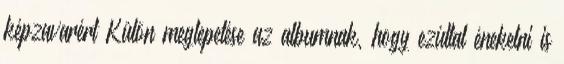
képzavarért Külön meglepetése az albumnak, hogy ezúttal énekelni is